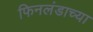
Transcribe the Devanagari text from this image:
फिनलंडाच्या